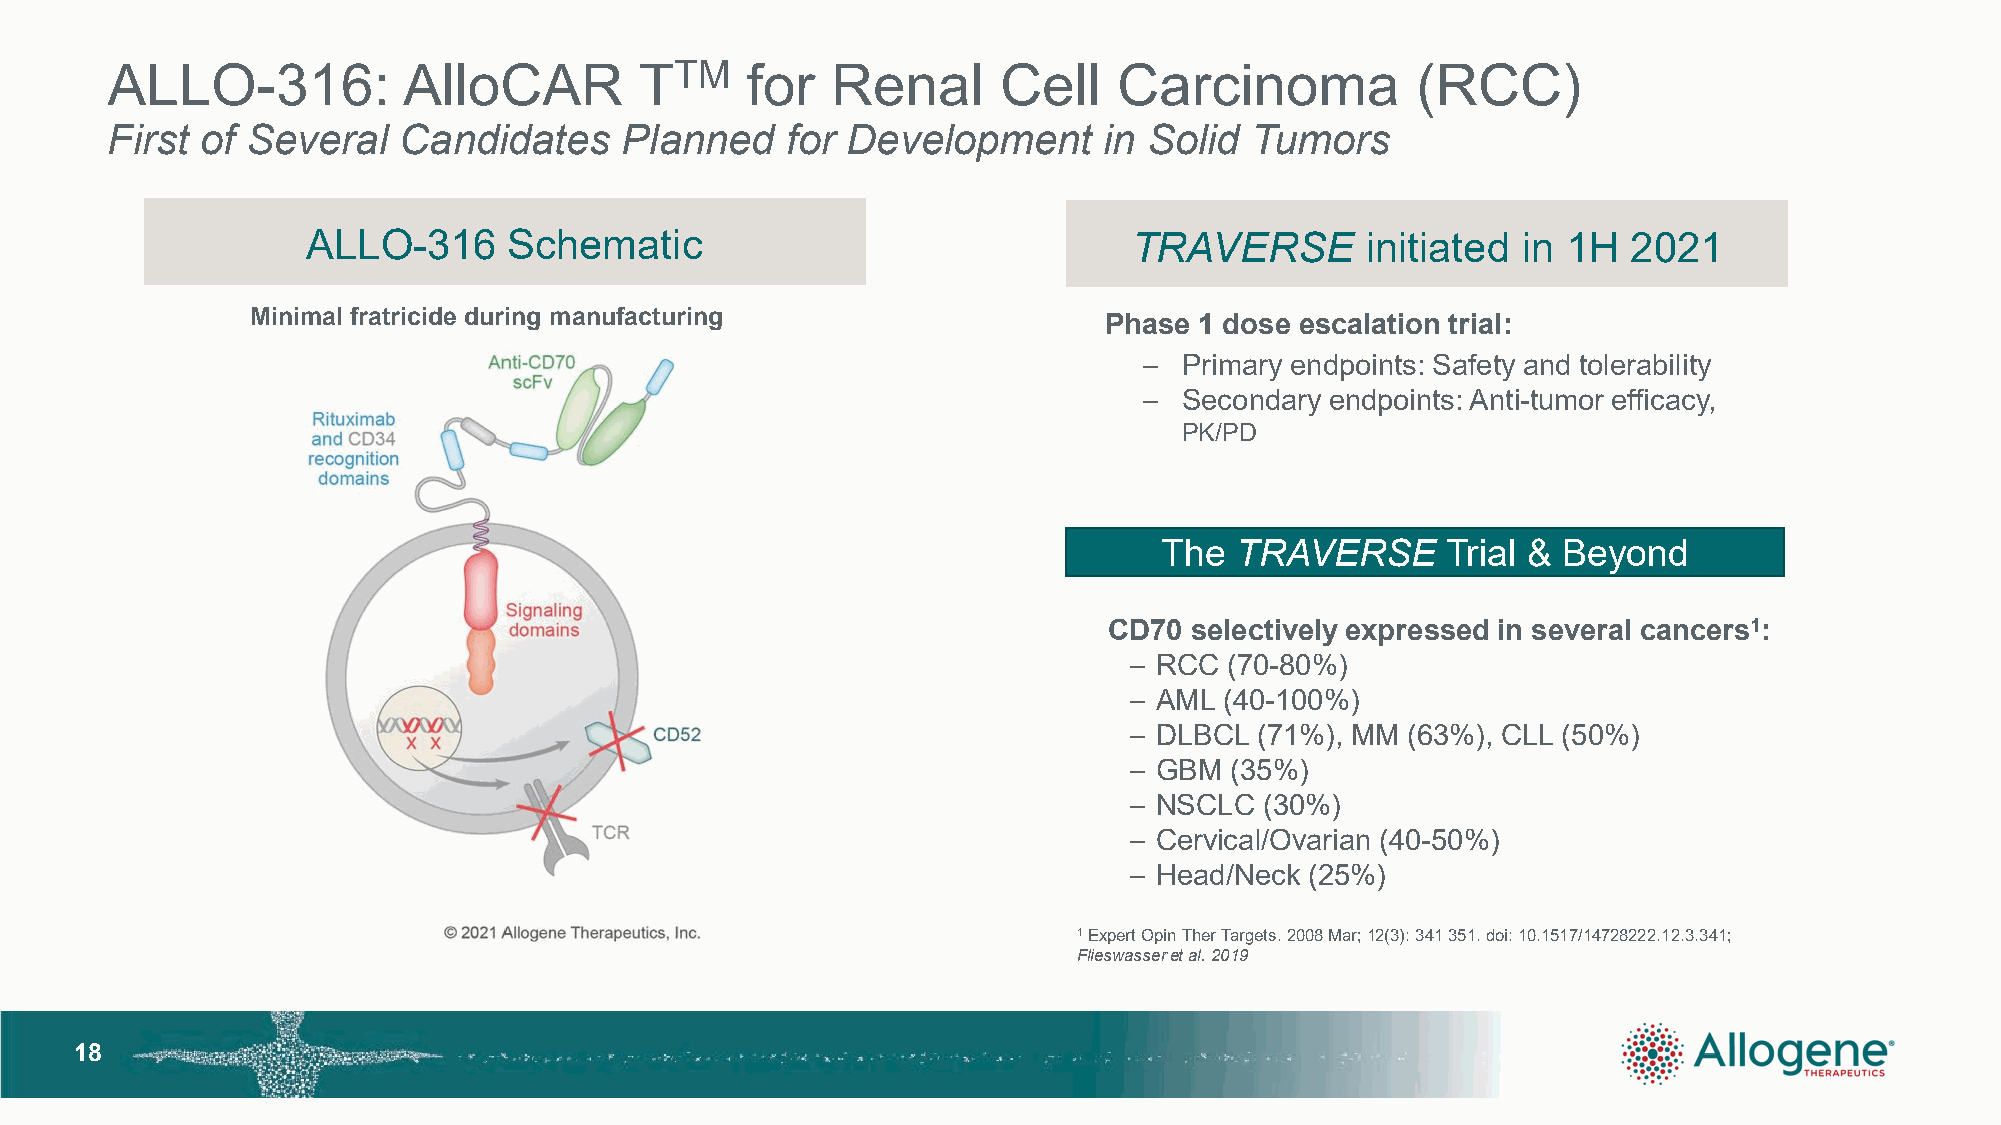
ALLO-316:           AlloCAR        TTM    for   Renal      Cell    Carcinoma           (RCC)
 First of Several   Candidates     Planned    for Development      in Solid  Tumors
 ALLO-316      Schematic                                TRAVERSE       initiated  in 1H  2021
 Minimal fratricide during manufacturing
 Phase 1 dose escalation trial:
 – Primary endpoints: Safety and tolerability
 – Secondary endpoints: Anti-tumor efficacy,
 PK/PD
 The  TRAVERSE      Trial & Beyond
 CD70  selectively expressed in several cancers1:
 – RCC (70-80%)
 – AML (40-100%)
 – DLBCL (71%), MM (63%), CLL (50%)
 – GBM (35%)
 – NSCLC  (30%)
 – Cervical/Ovarian (40-50%)
 – Head/Neck (25%)
 1Expert OpinTherTargets.2008 Mar;12(3): 341 351.doi:10.1517/14728222.12.3.341;
 Flieswasseret al. 2019
 1188